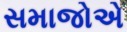
સમાજોએ